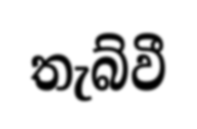
තැබ්වී